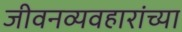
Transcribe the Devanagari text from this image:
जीवनव्यवहारांच्या